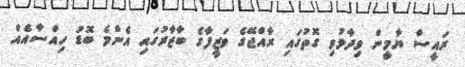
ރައީސް ޔާމީން ވިދާޅުވި ގޮތުގައި ރާއްޖޭގެ ވަޒީފާގެ ބާޒާރުގައި އެންމެ ބޮޑު ހިއްސާއެއް